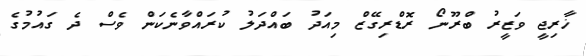
ޚާރިޖީ ވަޒީރު ބްރޫނޯ ރޮޑްރިގޭޒް މިއަދު ބައްދަލު ކުރައްވާނެކަން ވެސް ދެ ގައުމުގެ